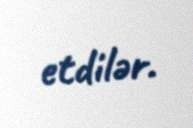
etdilər.